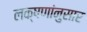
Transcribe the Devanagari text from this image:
लक्षणांनुसार